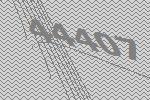
44407